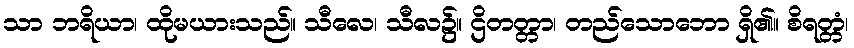
သာ ဘရိယာ၊ ထိုမယားသည်။ သီလေ၊ သီလ၌။ ဌိတတ္တာ၊ တည်သောဘော ရှိ၏။ စိရတ္တံ၊